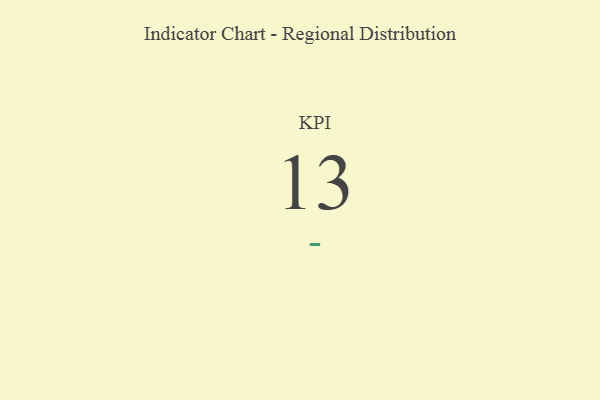
{"axis": {"x": "KPI", "y": "Value"}, "legend": [""], "data": [{"x": "KPI", "y": 13, "type": ""}]}